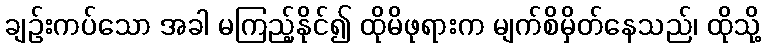
ချဉ်းကပ်သော အခါ မကြည့်နိုင်၍ ထိုမိဖုရားက မျက်စိမှိတ်နေသည်၊ ထိုသို့